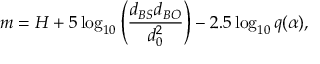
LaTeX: m = H + 5 \log _ { 1 0 } { \left( { \frac { d _ { B S } d _ { B O } } { d _ { 0 } ^ { 2 } } } \right) } - 2 . 5 \log _ { 1 0 } { q ( \alpha ) } ,